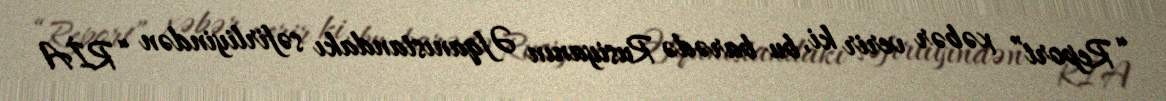
“Report” xəbər verir ki, bu barədə Rusiyanın Əfqanıstandakı səfirliyindən “RİA